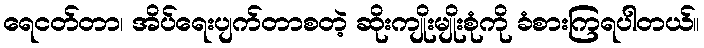
ရေငတ်တာ၊ အိပ်ရေးပျက်တာစတဲ့ ဆိုးကျိုးမျိုးစုံကို ခံစားကြရပါတယ်။